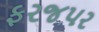
ફરજપર